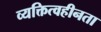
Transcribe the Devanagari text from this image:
व्यक्तित्वहीनता